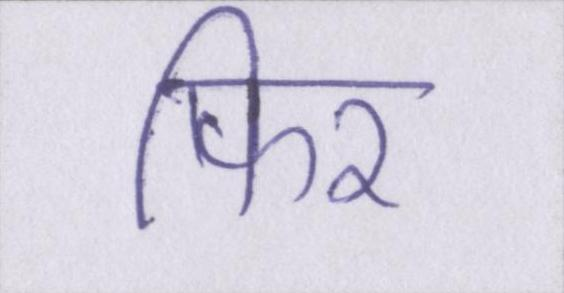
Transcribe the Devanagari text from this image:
फिर